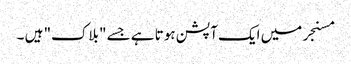
مسنجر میں ایک آپشن ہوتا ہے جسے "بلاک" ہیں ۔